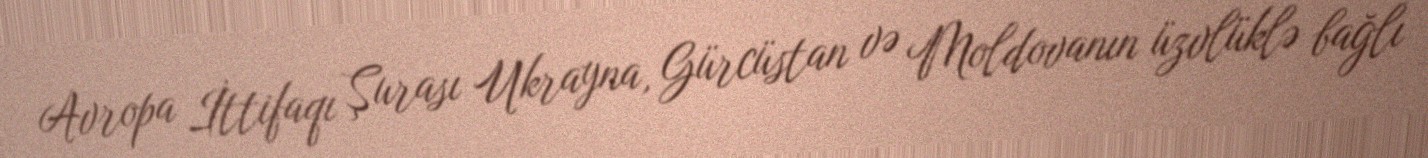
Avropa İttifaqı Şurası Ukrayna, Gürcüstan və Moldovanın üzvlüklə bağlı